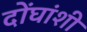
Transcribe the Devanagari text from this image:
दोंघांशी